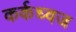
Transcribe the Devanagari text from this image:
कर्कध्वज